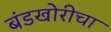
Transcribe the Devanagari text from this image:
बंडखोरीचा